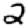
Digit: 2